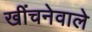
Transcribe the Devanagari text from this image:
खींचनेवाले